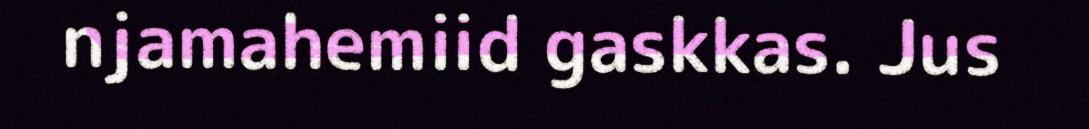
njamahemiid gaskkas. Jus